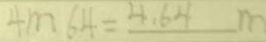
4 m 6 4 = 4 . 6 4 m